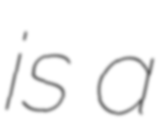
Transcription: is a